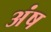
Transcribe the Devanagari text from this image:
अंष